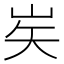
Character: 㞺